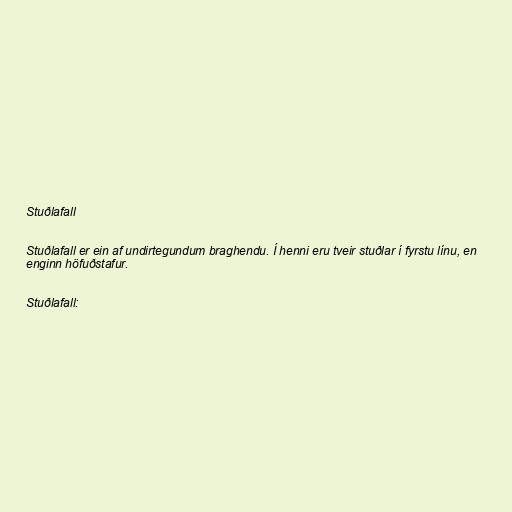
Stuðlafall

Stuðlafall er ein af undirtegundum braghendu. Í henni eru tveir stuðlar í fyrstu línu, en
enginn höfuðstafur.

Stuðlafall: